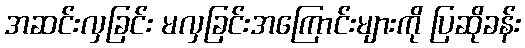
အဆင်းလှခြင်း မလှခြင်းအကြောင်းများကို ပြဆိုခန်း